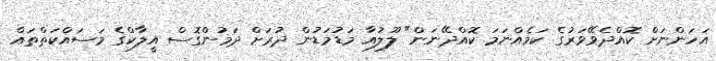
އަހަންނަށް ކޮއްދެވޭވަރުގެ ކަމެއްނަމަ ކޮއްދޭނަން" ލޫލުއާ މަޑުމަޑުން ދުރަށް ދަމުންގޮސް އީލާކްގެ މަސައްކަތްތައް